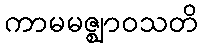
ကာမမဇ္ဈာဝသတိ